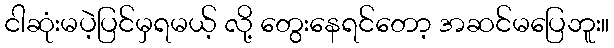
ငါဆုံးမပဲ့ပြင်မှရမယ့် လို့ တွေးနေရင်တော့ အဆင်မပြေဘူး။